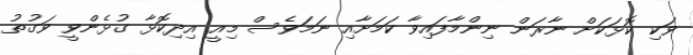
ވަކި ކޮޅަކަށް ނާރަން ނިންމާފައިވާ ކަމަށާއި ނަމަވެސް މިއީ އިދިކޮޅާ ގުޅެންވީ ވަގުތު